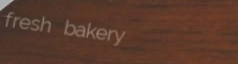
fresh bakery